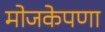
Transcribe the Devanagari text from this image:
मोजकेपणा